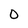
Character: O